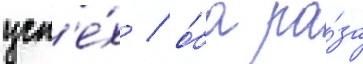
усп'е́х / о́ба ра́за